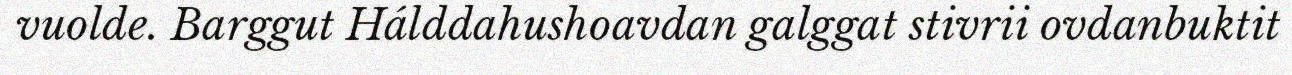
vuolde. Barggut Hálddahushoavdan galggat stivrii ovdanbuktit